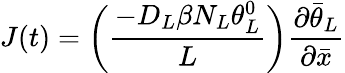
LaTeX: J(t)=\bigg(\frac{-D_{L}\beta N_{L}\theta_{L}^{0}}{L}\bigg)\frac{\partial\bar{\theta}_{L}}{\partial\bar{x}}